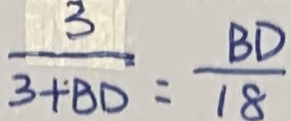
\frac { 3 } { 3 + B D } = \frac { B D } { 1 8 }